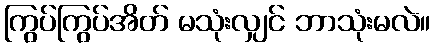
ကြွပ်ကြွပ်အိတ် မသုံးလျှင် ဘာသုံးမလဲ။